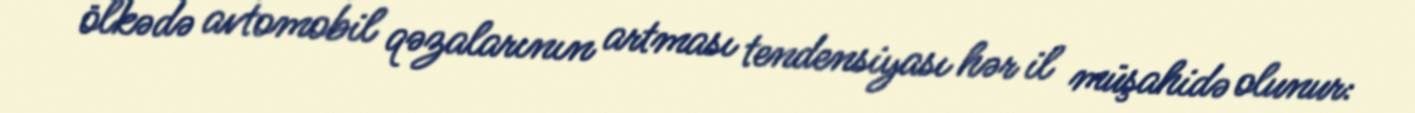
ölkədə avtomobil qəzalarının artması tendensiyası hər il müşahidə olunur: